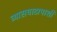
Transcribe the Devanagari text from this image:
व्यासघाटापाशी